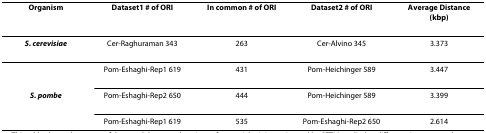
<table><thead><tr><td><b>Organism</b></td><td><b>Dataset1 # of ORI</b></td><td><b>In common # of ORI</b></td><td><b>Dataset2 # of ORI</b></td><td><b>Average Distance (kbp)</b></td></tr></thead><tbody><tr><td><b><i>S. cerevisiae</i></b></td><td>Cer-Raghuraman 343</td><td>263</td><td>Cer-Alvino 345</td><td>3.373</td></tr><tr><td></td><td>Pom-Eshaghi-Rep1 619</td><td>431</td><td>Pom-Heichinger 589</td><td>3.447</td></tr><tr><td><b><i>S. pombe</i></b></td><td>Pom-Eshaghi-Rep2 650</td><td>444</td><td>Pom-Heichinger 589</td><td>3.399</td></tr><tr><td></td><td>Pom-Eshaghi-Rep1 619</td><td>535</td><td>Pom-Eshaghi-Rep2 650</td><td>2.614</td></tr></tbody></table>